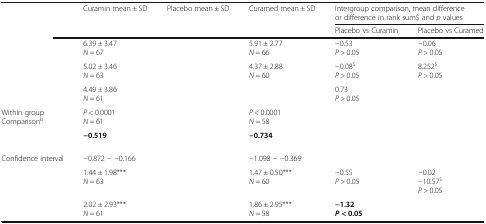
<table><thead><tr><td rowspan="2">[EMPTY_CELL]</td><td rowspan="2"><b>Curamin mean ± SD</b></td><td rowspan="2"><b>Placebo mean ± SD</b></td><td rowspan="2"><b>Curamed mean ± SD</b></td><td colspan="2"><b>Intergroup comparison, mean difference or difference in rank sum$ and <i>p</i> values</b></td></tr><tr><td><b>Placebo vs Curamin</b></td><td><b>Placebo vs Curamed</b></td></tr></thead><tbody><tr><td>[EMPTY_CELL]</td><td>6.39 ± 3.47 <i>N</i> = 67</td><td>[EMPTY_CELL]</td><td>5.91 ± 2.77<i>N</i> = 66</td><td>−0.53<i>P</i> &gt; 0.05</td><td>−0.06<i>P</i> &gt; 0.05</td></tr><tr><td>[EMPTY_CELL]</td><td>5.02 ± 3.46<i>N</i> = 63</td><td>[EMPTY_CELL]</td><td>4.37 ± 2.88<i>N</i> = 60</td><td>−0.08<sup>$</sup><i>P</i> &gt; 0.05</td><td>8.252<sup>$</sup><i>P</i> &gt; 0.05</td></tr><tr><td>[EMPTY_CELL]</td><td>4.49 ± 3.86 <i>N</i> = 61</td><td>[EMPTY_CELL]</td><td>[EMPTY_CELL]</td><td>0.73<i>P</i> &gt; 0.05</td><td>[EMPTY_CELL]</td></tr><tr><td>Within groupComparison<sup>b</sup></td><td><i>P</i> &lt; 0.0001<i>N</i> = 61</td><td>[EMPTY_CELL]</td><td><i>P</i> &lt; 0.0001<i>N</i> = 58</td><td>[EMPTY_CELL]</td><td>[EMPTY_CELL]</td></tr><tr><td>[EMPTY_CELL]</td><td><b>−0.519</b></td><td>[EMPTY_CELL]</td><td><b>−0.734</b></td><td>[EMPTY_CELL]</td><td>[EMPTY_CELL]</td></tr><tr><td>Confidence interval</td><td>−0.872 − −0.166</td><td>[EMPTY_CELL]</td><td>−1.098 − −0.369</td><td>[EMPTY_CELL]</td><td>[EMPTY_CELL]</td></tr><tr><td>[EMPTY_CELL]</td><td>1.44 ± 1.98***<i>N</i> = 63</td><td>[EMPTY_CELL]</td><td>1.47 ± 0.50***<i>N</i> = 60</td><td>−0.55<i>P</i> &gt; 0.05</td><td>−0.02−10.57<sup>$</sup><i>P</i> &gt; 0.05</td></tr><tr><td>[EMPTY_CELL]</td><td>2.02 ± 2.93***<i>N</i> = 61</td><td>[EMPTY_CELL]</td><td>1.86 ± 2.95***<i>N</i> = 58</td><td><b>−1.32</b><b><i>P</i></b> <b>&lt; 0.05</b></td><td>[EMPTY_CELL]</td></tr></tbody></table>